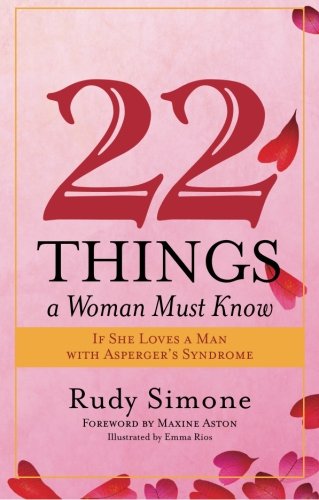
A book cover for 22 Things a Woman Must Know: If She Loves a Man With Asperger's Syndrome; Rudy Simone; Health, Fitness & Dieting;